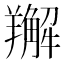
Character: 𦏘